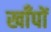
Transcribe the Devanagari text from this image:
खाँपों